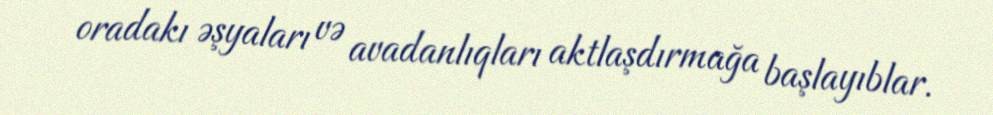
oradakı əşyaları və avadanlıqları aktlaşdırmağa başlayıblar.